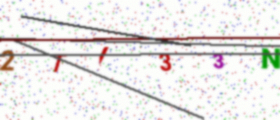
Text: 2TI33N